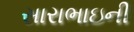
સારાભાઇની